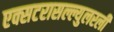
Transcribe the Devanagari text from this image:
एक्सटरासल्ल्युलरली